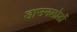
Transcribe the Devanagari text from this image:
डाउनलोडों